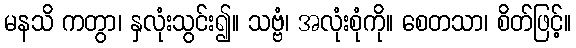
မနသိ ကတွာ၊ နှလုံးသွင်း၍။ သဗ္ဗံ၊ အလုံးစုံကို။ စေတသာ၊ စိတ်ဖြင့်။